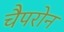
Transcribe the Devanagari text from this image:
चैपरोन